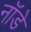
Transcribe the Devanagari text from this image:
नॉडे